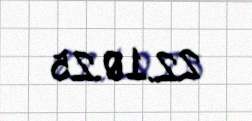
22.10.25